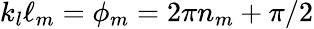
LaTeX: k_{l}\ell_{m}=\phi_{m}=2\pi n_{m}+\pi/2